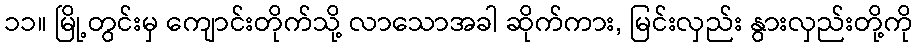
၁၁။ မြို့တွင်းမှ ကျောင်းတိုက်သို့ လာသောအခါ ဆိုက်ကား, မြင်းလှည်း နွားလှည်းတို့ကို